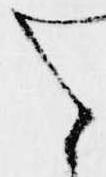
を